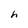
Character: h